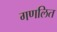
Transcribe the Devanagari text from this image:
गणलित